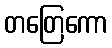
တတြေကော